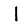
Digit: 1